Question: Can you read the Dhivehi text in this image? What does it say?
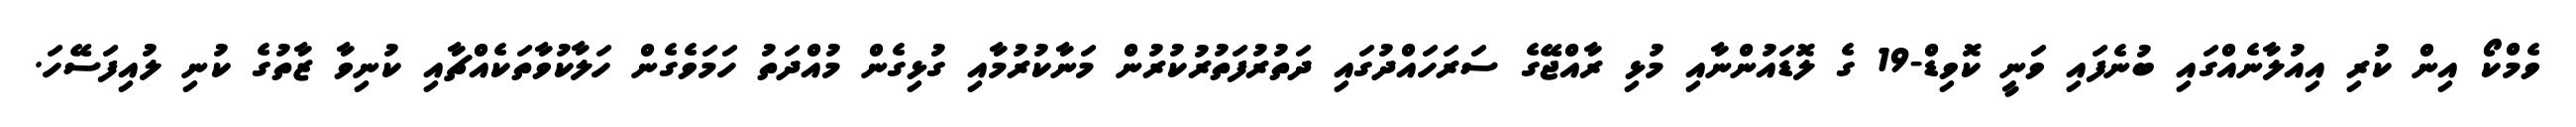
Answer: ވެމްކޯ އިން ކުރި އިއުލާނެއްގައި ބުނެފައި ވަނީ ކޮވިޑް-19 ގެ ލޮޑައުންނާއި މުޅި ރާއްޖޭގެ ސަރަހައްދުގައި ދަތުރުފަތުރުކުރުން މަނާކުރުމާއި ގުޅިގެން މުއްދަތު ހަމަވެގެން ހަލާކުވާތަކެއްޗާއި ކުނިވާ ޒާތުގެ ކުނި ލުއިފަސޭހަ.